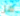
هل